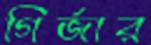
গির্জার